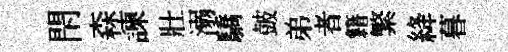
閇森諫壯溺驕皷弟者籍繁絳暮